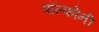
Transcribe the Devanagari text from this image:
पॉल्फोनी